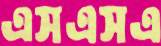
এসএসএ